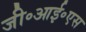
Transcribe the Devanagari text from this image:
जी॰आई॰एस